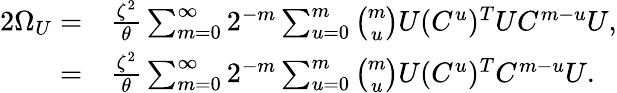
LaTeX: \begin{array}{rl}{2\Omega_{U}=}&{\frac{\zeta^{2}}{\theta}\sum_{m=0}^{\infty}{2^{-m}\sum_{u=0}^{m}{\binom{m}{u}U(C^{u})^{T}UC^{m-u}}U},}\\ {=}&{\frac{\zeta^{2}}{\theta}\sum_{m=0}^{\infty}{2^{-m}\sum_{u=0}^{m}{\binom{m}{u}U(C^{u})^{T}C^{m-u}}U}.}\end{array}